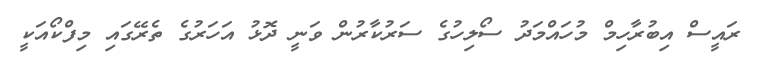
ރައީސް އިބުރާހިމް މުހައްމަދު ސޯލިހުގެ ސަރުކާރުން ވަނީ ދޮޅު އަހަރުގެ ތެރޭގައި މިފްކޯއަކީ